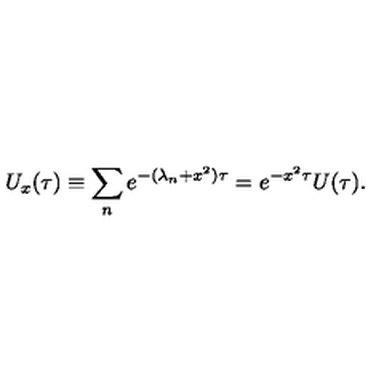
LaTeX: U _ { x } ( \tau ) \equiv \sum _ { n } e ^ { - ( \lambda _ { n } + x ^ { 2 } ) \tau } = e ^ { - x ^ { 2 } \tau } U ( \tau ) .